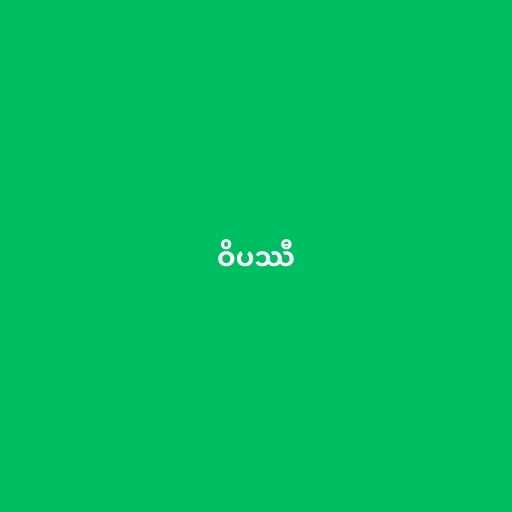
ဝိပဿီ